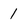
Character: 1